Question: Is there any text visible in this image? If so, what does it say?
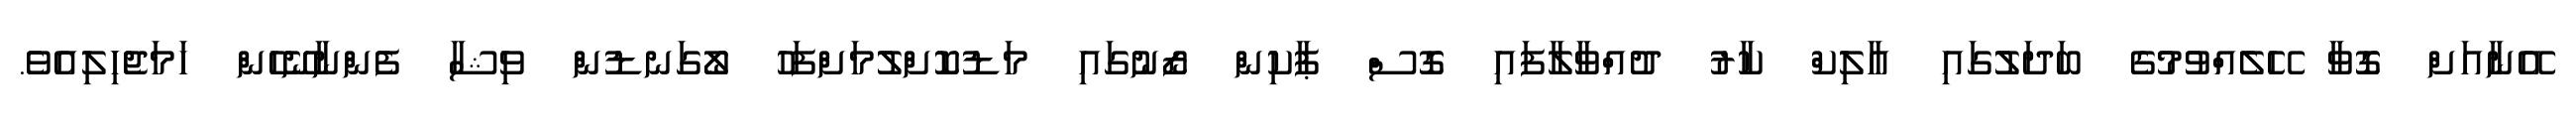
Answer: އޭނާއަށް ގޮވާ ހޭލެއްވުމުގެ ބަދަލުގައި އާލިކް ކާރު ދުއްވާލާފައި ގޮސް ޕާކިން ޒޯނުގައި މަޑުކޮށްލުމަށްފަހު ލޯގަނޑުން ވިޝާ ފެންނާނޭހެން ހަމަޖެހިލިއެވެ.